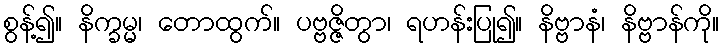
စွန့်၍။ နိက္ခမ္မ၊ တောထွက်။ ပဗ္ဗဇ္ဇိတွာ၊ ရဟန်းပြု၍။ နိဗ္ဗာနံ၊ နိဗ္ဗာန်ကို။